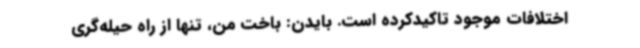
اختلافات موجود تاکیدکرده است. بایدن: باخت من، تنها از راه حیله‌گری